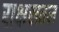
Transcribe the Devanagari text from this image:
राक्षसतल